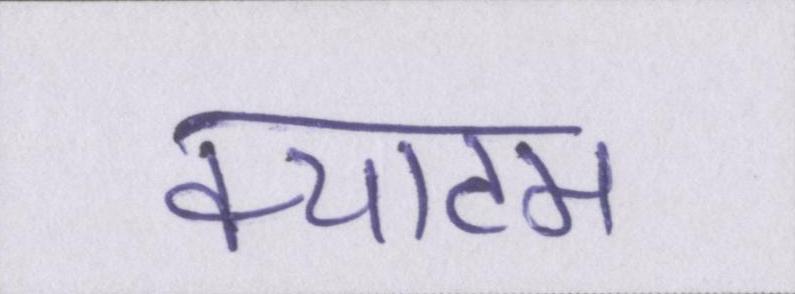
क्याटम